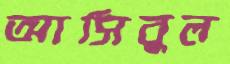
আসিবুল